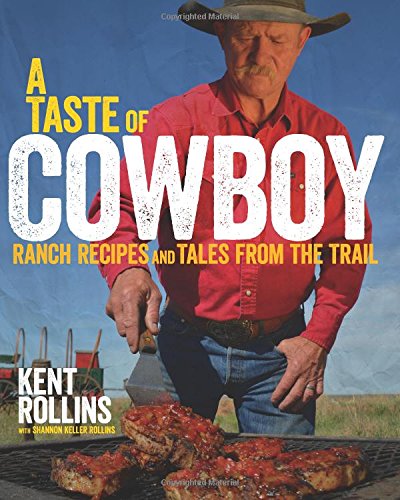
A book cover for A Taste of Cowboy: Ranch Recipes and Tales from the Trail; Kent Rollins; Cookbooks, Food & Wine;